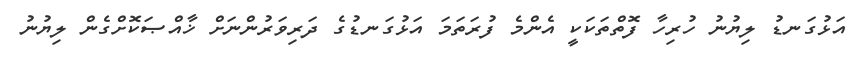
އަޅުގަނޑު ލިޔުނު ހުރިހާ ފޮތްތަކަކީ އެންމެ ފުރަތަމަ އަޅުގަނޑުގެ ދަރިވަރުންނަށް ޚާއްޞަކޮށްގެން ލިޔުނު